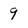
Character: 9